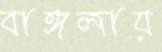
বাঙ্গলায়